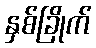
နှစ်ခြိုက်